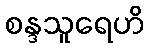
စန္ဒသူရေဟိ